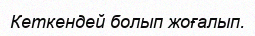
Кеткендей болып жоғалып.